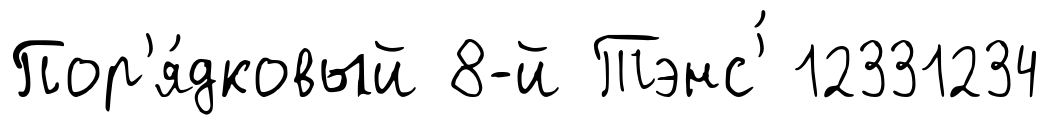
Пор'я́дковый 8-й Тэнс'́ 12331234